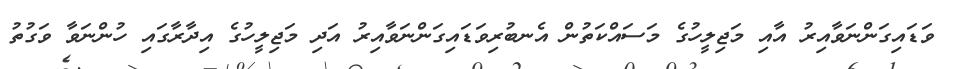
ވަޑައިގަންނަވާއިރު އާއި މަޖިލީހުގެ މަސައްކަތުން އެނބުރިވަޑައިގަންނަވާއިރު އަދި މަޖިލީހުގެ އިދާރާގައި ހުންނަވާ ވަގުތު